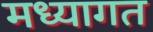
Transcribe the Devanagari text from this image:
मध्यागत